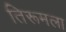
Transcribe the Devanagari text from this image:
तिरूमला